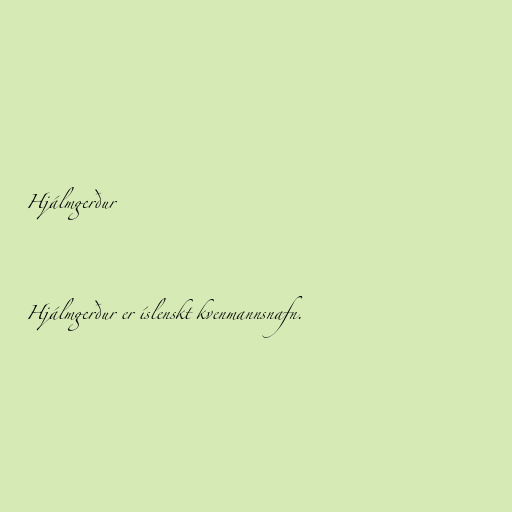
Hjálmgerður

Hjálmgerður er íslenskt kvenmannsnafn.